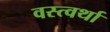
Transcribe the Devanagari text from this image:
वस्त्वर्था